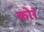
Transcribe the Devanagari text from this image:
कोरं